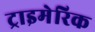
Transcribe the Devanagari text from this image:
ट्राइमेरिक